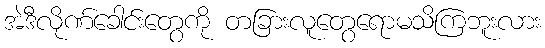
အဲဒီလိုဏ်ခေါင်းတွေကို တခြားလူတွေရောမသိကြဘူးလား